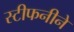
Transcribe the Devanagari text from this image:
स्टीफनीने